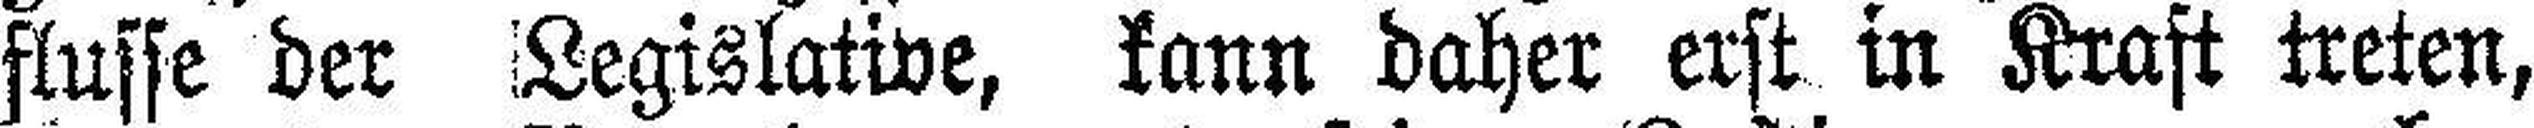
flusse der Legislative, kann daher erst in Kraft treten,